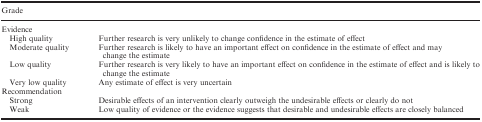
| <COLSPAN=2> Grade |
 | --- | --- |
 | <COLSPAN=2> Evidence |
 | High quality | Further research is very unlikely to change confidence in the estimate of effect |
 | Moderate quality | Further research is likely to have an important effect on confidence in the estimate of effect and may change the estimate |
 | Low quality | Further research is very likely to have an important effect on confidence in the estimate of effect and is likely to change the estimate |
 | Very low quality | Any estimate of effect is very uncertain |
 | <COLSPAN=2> Recommendation |
 | Strong | Desirable effects of an intervention clearly outweigh the undesirable effects or clearly do not |
 | Weak | Low quality of evidence or the evidence suggests that desirable and undesirable effects are closely balanced |